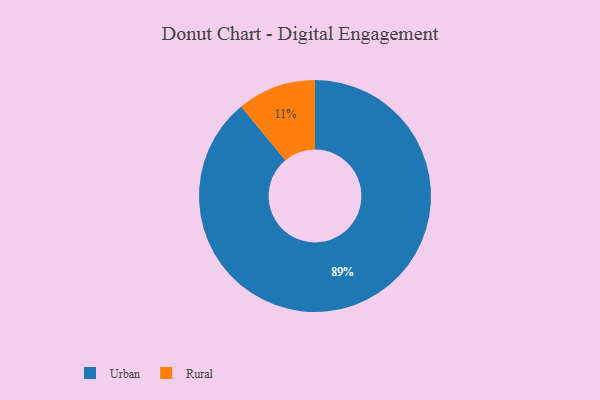
{"axis": {"x": "Category", "y": "Percentage"}, "legend": ["Rural", "Urban"], "data": [{"x": "Urban", "y": 89, "type": "Urban"}, {"x": "Rural", "y": 11, "type": "Rural"}]}